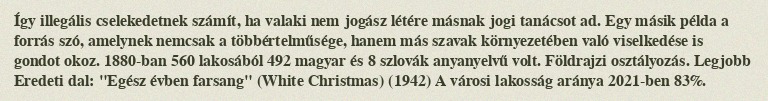
Így illegális cselekedetnek számít, ha valaki nem jogász létére másnak jogi tanácsot ad. Egy másik példa a forrás szó, amelynek nemcsak a többértelműsége, hanem más szavak környezetében való viselkedése is gondot okoz. 1880-ban 560 lakosából 492 magyar és 8 szlovák anyanyelvű volt. Földrajzi osztályozás. Legjobb Eredeti dal: "Egész évben farsang" (White Christmas) (1942) A városi lakosság aránya 2021-ben 83%.